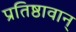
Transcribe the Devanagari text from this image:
प्रतिष्ठावान्